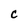
Character: C